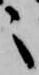
之